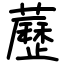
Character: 藶